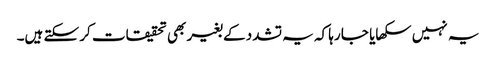
یہ نہیں سکھایا جا رہا کہ یہ تشدد کے بغیر بھی تحقیقات کر سکتے ہیں۔